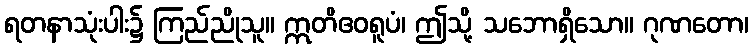
ရတနာသုံးပါး၌ ကြည်ညိုသူ။ ဣတိဧဝရူပံ၊ ဤသို့ သဘောရှိသော။ ဂုဏတော၊